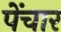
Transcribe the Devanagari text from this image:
पेंचार